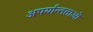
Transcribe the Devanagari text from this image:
अपर्यान्तताओं